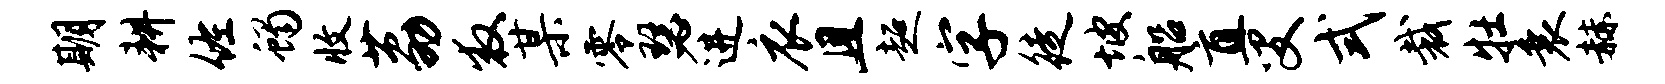
期耕佐蝎收荔救某零瑟进衣且超字徒坡船直叟式裁牡衰赫